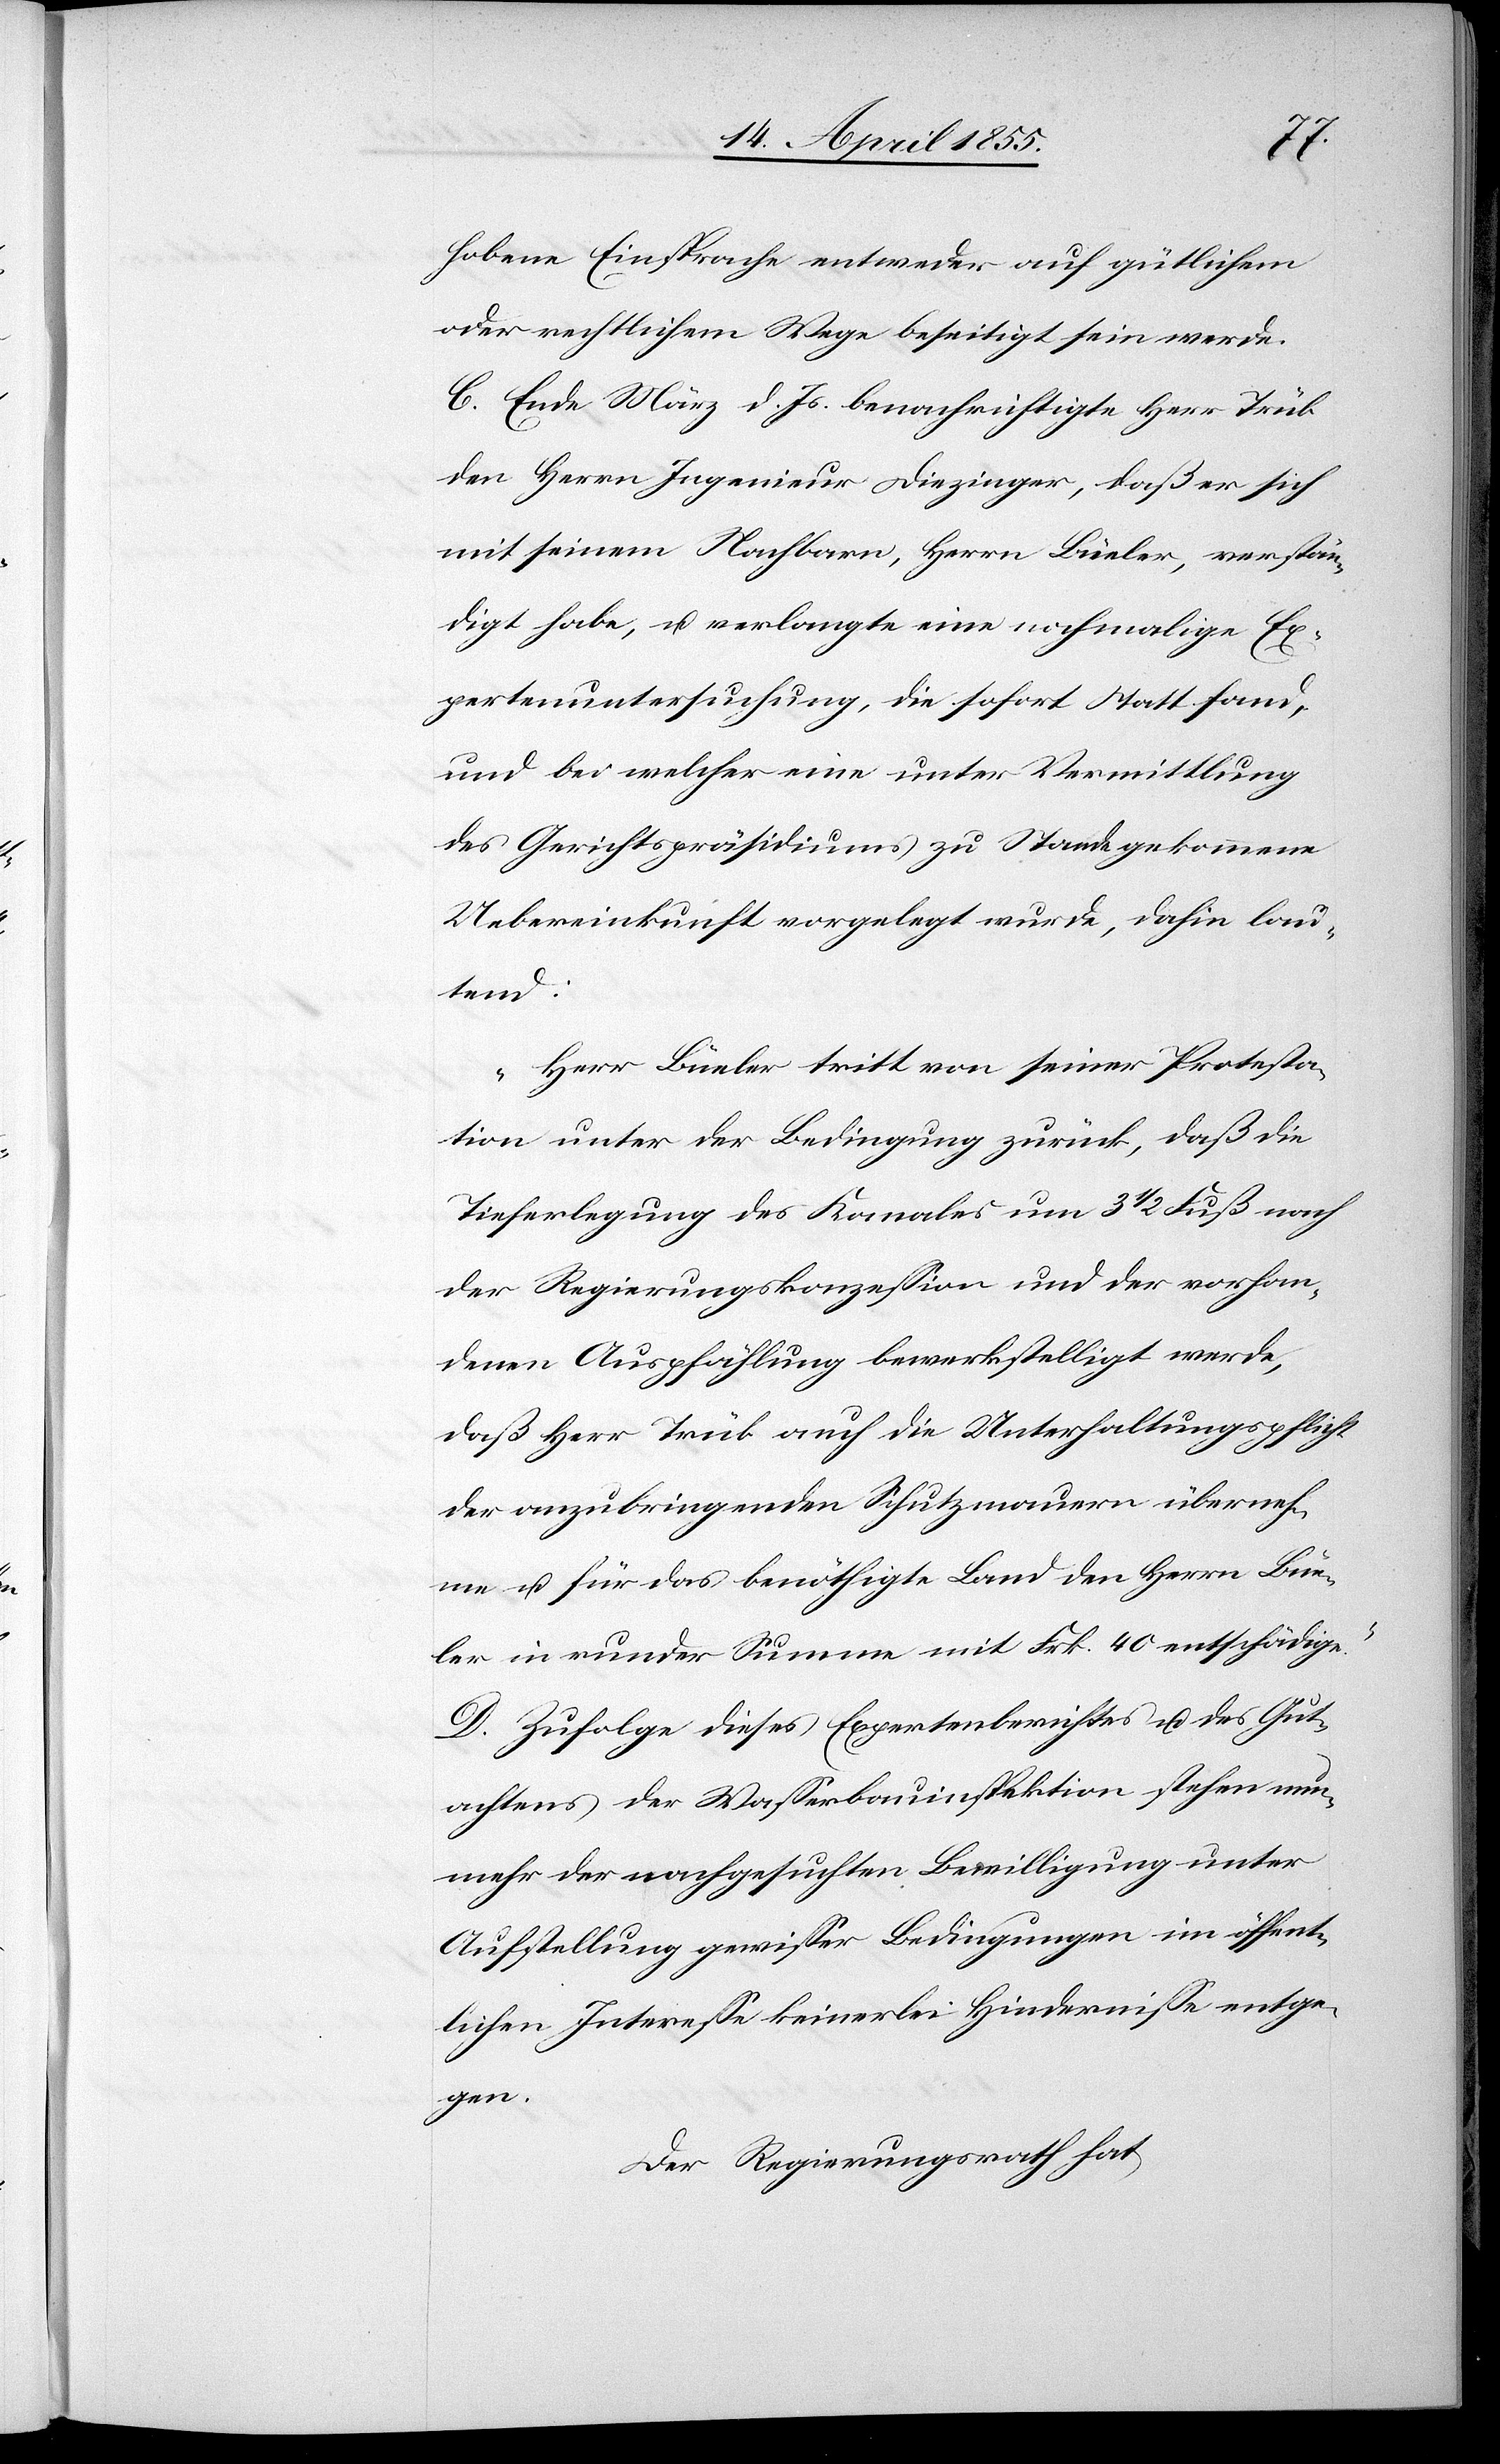
hobene Einsprache entweder auf gütlichem
oder rechtlichem Wege beseitigt sein werde.[“]
C. Ende März d. Js. benachrichtigte Herr Trüb
den Herrn Ingenieur Diezinger, daß er sich
mit seinem Nachbarn, Herrn Büeler, verstän¬
digt habe, u. verlangte eine nochmalige Ex¬
pertenuntersuchung, die sofort Statt fand,
und bei welcher eine unter Vermittlung
des Gerichtspräsidiums zu Stande gekommene
Uebereinkunft vorgelegt wurde, dahin lau¬
tend:
„Herr Büeler tritt von seiner Protesta¬
tion unter der Bedingung zurück, daß die
Tieferlegung des Kanales um 3 1/2 Fuß nach
der Regierungskonzession und der vorhan¬
denen Auspfählung bewerkstelligt werde,
daß Herr Trüb auch die Unterhaltungspflicht
der anzubringenden Schutzmauern überneh¬
me u. für das benöthigte Land den Herrn Büe¬
ler in runder Summe mit Frk. 40 entschädige.“
D. Zufolge dieses Expertenberichtes u. des Gut¬
achtens der Wasserbauinspektion stehen nun¬
mehr der nachgesuchten Bewilligung unter
Aufstellung gewisser Bedingungen im öffent¬
lichen Interesse keinerlei Hindernisse entge¬
gen.
Der Regierungsrath hat,